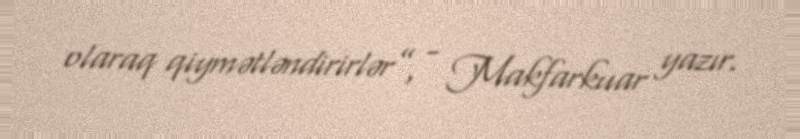
olaraq qiymətləndirirlər”, - Makfarkuar yazır.